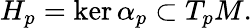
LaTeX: H_{p}=\ker\alpha_{p}\subset T_{p}M.